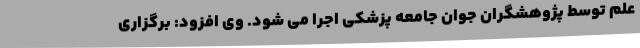
علم توسط پژوهشگران جوان جامعه پزشکی اجرا می شود. وی افزود: برگزاری